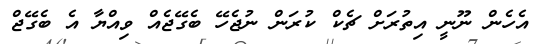
އެހެން ނޫނީ އިތުރަށް ޗެކް ކުރަން ނުޖެހޭ ބެގޭޖެއް ވިއްޔާ އެ ބެގޭޖް